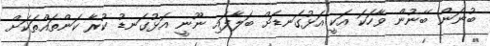
ބުނަން ބޭނުން ވާހަކަ އަކީ އަޅުގަނޑަށް ބަލާފައި ނޫނީ އަޅުގަނޑު ކުރާ ކަންތައްތަކަށް